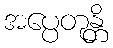
အပ္ပေတုန္တိ